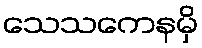
သေသကေနမှိ